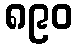
၈၉၀